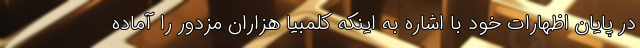
در پایان اظهارات خود با اشاره به اینکه کلمبیا هزاران مزدور را آماده